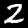
Label: 2